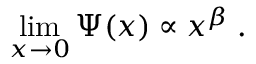
\operatorname * { l i m } _ { x \to 0 } \Psi ( x ) \propto x ^ { \beta } \; .